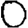
Digit: 0